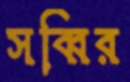
সব্বির